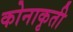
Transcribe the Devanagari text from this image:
कोनाकृती